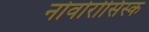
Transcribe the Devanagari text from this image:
नोवोरोसिस्क